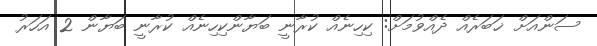
ސަންއަށް ޚަބަރެއް ދެއްވުމަށް: ކިހިނެއް ކުރާނީ ބަޔާންކިހިނެއް ކުރާނީ ބަޔާން 2 އަހަރު